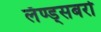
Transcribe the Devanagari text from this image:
लॅण्ड्सबरो